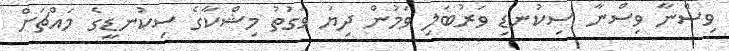
ވިސްނާ ވިސްނާ ސިކުނޑި ވަރުބަލި ވަމުން ދިޔަ ވަގުތު މިޝްކާގެ ސިކުނޑީގެ މައްޗަށް